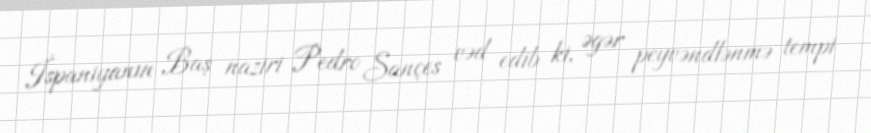
İspaniyanın Baş naziri Pedro Sançes vəd edib ki, əgər peyvəndlənmə tempi